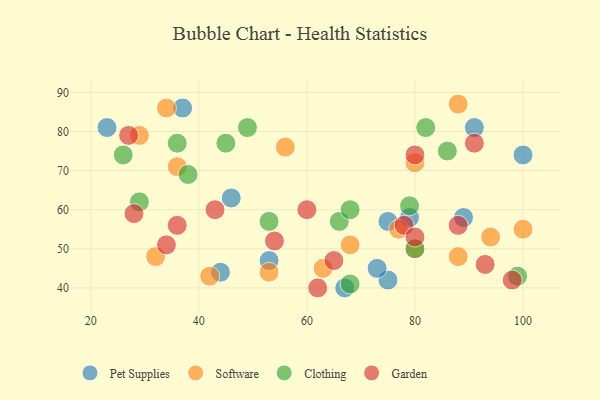
{"axis": {"x": "GDP", "y": "Life Expectancy"}, "legend": ["Clothing", "Garden", "Pet Supplies", "Software"], "data": [{"x": "67", "y": 40, "type": "Pet Supplies"}, {"x": "23", "y": 81, "type": "Pet Supplies"}, {"x": "44", "y": 44, "type": "Pet Supplies"}, {"x": "100", "y": 74, "type": "Pet Supplies"}, {"x": "75", "y": 57, "type": "Pet Supplies"}, {"x": "53", "y": 47, "type": "Pet Supplies"}, {"x": "46", "y": 63, "type": "Pet Supplies"}, {"x": "37", "y": 86, "type": "Pet Supplies"}, {"x": "75", "y": 42, "type": "Pet Supplies"}, {"x": "73", "y": 45, "type": "Pet Supplies"}, {"x": "89", "y": 58, "type": "Pet Supplies"}, {"x": "79", "y": 58, "type": "Pet Supplies"}, {"x": "91", "y": 81, "type": "Pet Supplies"}, {"x": "42", "y": 43, "type": "Software"}, {"x": "63", "y": 45, "type": "Software"}, {"x": "36", "y": 71, "type": "Software"}, {"x": "80", "y": 50, "type": "Software"}, {"x": "88", "y": 48, "type": "Software"}, {"x": "56", "y": 76, "type": "Software"}, {"x": "94", "y": 53, "type": "Software"}, {"x": "34", "y": 86, "type": "Software"}, {"x": "100", "y": 55, "type": "Software"}, {"x": "88", "y": 87, "type": "Software"}, {"x": "80", "y": 72, "type": "Software"}, {"x": "77", "y": 55, "type": "Software"}, {"x": "29", "y": 79, "type": "Software"}, {"x": "53", "y": 44, "type": "Software"}, {"x": "32", "y": 48, "type": "Software"}, {"x": "68", "y": 51, "type": "Software"}, {"x": "68", "y": 41, "type": "Clothing"}, {"x": "45", "y": 77, "type": "Clothing"}, {"x": "38", "y": 69, "type": "Clothing"}, {"x": "36", "y": 77, "type": "Clothing"}, {"x": "49", "y": 81, "type": "Clothing"}, {"x": "53", "y": 57, "type": "Clothing"}, {"x": "29", "y": 62, "type": "Clothing"}, {"x": "66", "y": 57, "type": "Clothing"}, {"x": "80", "y": 50, "type": "Clothing"}, {"x": "86", "y": 75, "type": "Clothing"}, {"x": "26", "y": 74, "type": "Clothing"}, {"x": "68", "y": 60, "type": "Clothing"}, {"x": "79", "y": 61, "type": "Clothing"}, {"x": "99", "y": 43, "type": "Clothing"}, {"x": "82", "y": 81, "type": "Clothing"}, {"x": "43", "y": 60, "type": "Garden"}, {"x": "62", "y": 40, "type": "Garden"}, {"x": "98", "y": 42, "type": "Garden"}, {"x": "34", "y": 51, "type": "Garden"}, {"x": "88", "y": 56, "type": "Garden"}, {"x": "91", "y": 77, "type": "Garden"}, {"x": "54", "y": 52, "type": "Garden"}, {"x": "65", "y": 47, "type": "Garden"}, {"x": "78", "y": 56, "type": "Garden"}, {"x": "60", "y": 60, "type": "Garden"}, {"x": "28", "y": 59, "type": "Garden"}, {"x": "80", "y": 74, "type": "Garden"}, {"x": "27", "y": 79, "type": "Garden"}, {"x": "93", "y": 46, "type": "Garden"}, {"x": "36", "y": 56, "type": "Garden"}, {"x": "80", "y": 53, "type": "Garden"}]}